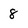
Character: 8